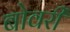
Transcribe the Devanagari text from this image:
बोवरी